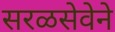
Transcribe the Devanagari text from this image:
सरळसेवेने